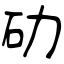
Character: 劯